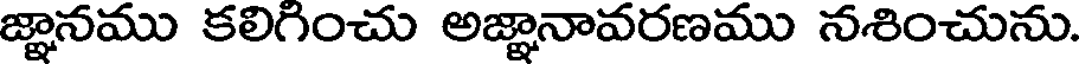
జ్ఞానము కలిగించు అజ్ఞానావరణము నశించును.